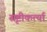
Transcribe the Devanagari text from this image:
सृष्टीकर्त्या